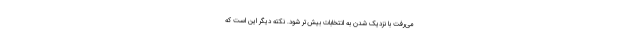
می‌رفت با نزدیک شدن به انتخابات بیش‌تر شود. نکته دیگر این است که